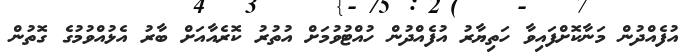
އުފެއްދުން މަނާކޮށްފައިވާ ހަތިޔާރު އުފެއްދުން ހުއްޓުވުމަށް އުތުރު ކޮރެއާއަށް ބާރު އެޅުއްވުމުގެ ގޮތުން